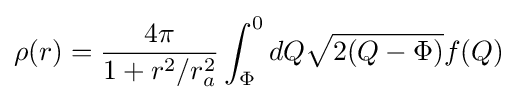
\rho (r)={4\pi  \over 1+r^{2}/r_{a}^{2}}\int _{\Phi }^{0}dQ{\sqrt {2(Q-\Phi )}}f(Q)